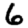
Digit: 6